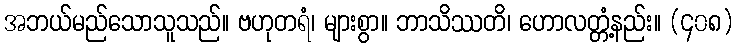
အဘယ်မည်သောသူသည်။ ဗဟုတရံ၊ များစွာ။ ဘာသိဿတိ၊ ဟောလတ္တံ့နည်း။ (၄၀၈)